Medical and sanitary report of the native army of Madras for the year
Year: 1872
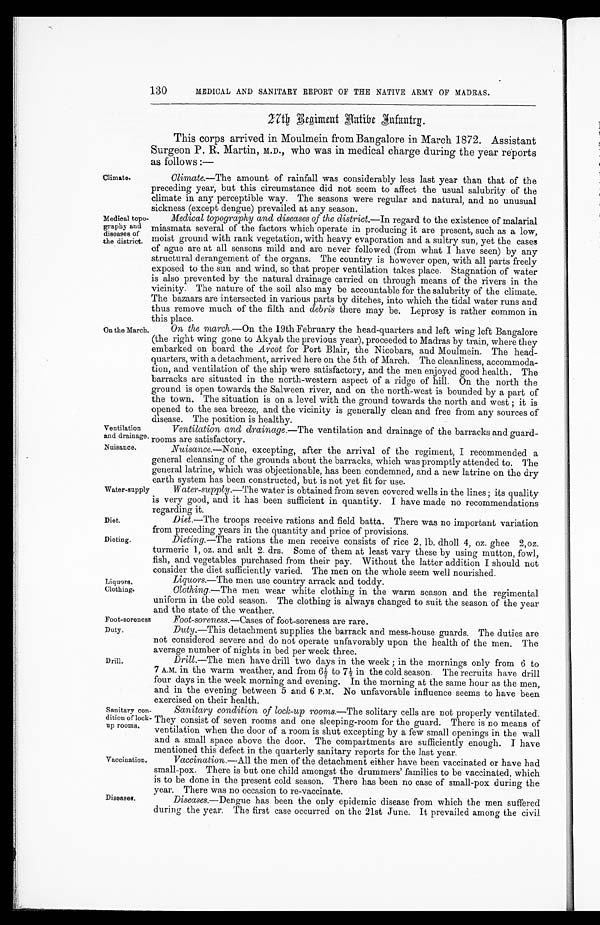
Water-supply
Diet.
Dieting.
130
MEDICAL AND SANITARY REPORT OF THE NATIVE ARMY OF MADRAS.
27th Regiment Aatibe Infantry.
Climate.
This corps arrived in Moulmein from Bangalore in March 1872. Assistant
Surgeon P.R. Martin, M.D., who was in medical charge during the year reports
as follows:—
Climate.—The amount of rainfall was considerably less last year than that of the
preceding year, but this circumstance did not seem to affect the usual salubrity of the
climate in any perceptible way. The seasons were regular and natural, and no unusual
sickness (except dengue) prevailed at any season.
Medical topo--
graphy and
diseases of
the district.
Medical topography and diseases of the district.— I n r e g a r d t o t h e e x i s t e n c e o f m a l a r i a l
miasmata several of the factors which operate in producing it are present, such as a low,
moist ground with rank vegetation, with heavy evaporation and a sultry sun, yet the cases
of ague are at all seasons mild and are never followed (from what I have seen) by any
structural derangement of the organs. The country is however open, with all parts freely
exposed to the sun and wind, so that proper ventilation takes place. Stagnation of water
is also prevented by the natural drainage carried on through means of the rivers in the
vicinity. The nature of the soil also may be accountable for the salubrity of the climate.
The bazaars are intersected in various parts by ditches, into which the tidal water runs and
thus remove much of the filth and debris there may be. Leprosy is rather common in
this place.
On the March.
Ventilation
and drainage.
On
the march. —On t h e 1 9 t h F e b r u a r y t h e h e a d - q u a r t e r s a n d l e f t wi n g l e f t Ba n g a l o r e
(the right wing gone to Akyab the previous year), proceeded to Madras by train, where they
embarked on board the Arcot for Port Blair, the Nicobars, and Moulmein. The head--
quarters, with a detachment, arrived here on the 5th of March. The cleanliness, accommoda--
tion, and ventilation of the ship were satisfactory, and the men enjoyed good health. The
barracks are situated in the north-western aspect of a ridge of hill. On the north the
ground is open towards the Salween river, and on the north-west is bounded by a part of
the town. The situation is on a level with the ground towards the north and west; it is
opened to the sea breeze, and the vicinity is generally clean and free from any sources of
disease. The position is healthy.
Ventilation and drainage .—The ventilation and drainage of the barracks and guard
-
r ooms ar e sat i sf act or y.
Nuisance.
Liquors.
Clothing.
Nuisance.—None, excepting, after the arrival of the regiment, I recommended a
general cleansing of the grounds about the barracks, which was promptly attended to. The
general latrine, which was objectionable, has been condemned, and a new latrine on the dry
system has been constructed, but is not yet fit for use.
Water-supply.—The water is obtained from seven covered wells in the lines; its quality
is very good, and it has been sufficient in quantity. I have made no recommendations
regarding it.
Diet.—The troops receive rations and field batta. There was no important variation
from preceding years in the quantity and price of provisions.
Dieting.—The rations the men receive consists of rice 2, lb. dholl 4, oz.ghee 2,oz.
turmeric 1, oz. and salt 2. drs. Some of them at least vary these by using mutton, fowl,
fish, and vegetables purchased from their pay. Without the latter addition I should not
consider the diet sufficiently varied. The men on the whole seem well nourished.
Liquors.—The men use country arrack and toddy.
Clothing.—The men wear white clothing in the warm season and the regimental
uniform in the cold season. The clothing is always changed to suit the season of the year
and the state of the weather.
Foot-soreness
Foot-soreness.— Cases of foot-soreness are rare.
Duty.
Drill.
Sanitary con
-dition of lock
- u p r o o m s .
Vaccination,
Diseases.
Duty.—This detachment supplies the barrack and mess-house guards. The duties are
not considered severe and do not operate unfavorably upon the health of the men. The
average number of nights in bed per week three.
Drill.—The men have drill two days in the week; in the mornings only from 6 to
7 A.M. in the warm weather, and from 6½ to 7½ in the cold season. The recruits have drill
four days in the week morning and evening. In the morning at the same hour as the men,
and in the evening between 5 and 6 P.M. No unfavorable influence seems to have been
exercised on their health.
Sanitary condition of lock-up rooms.— The solitary cells are not properly ventilated.
They consist of seven rooms and one sleeping-room for the guard. There is no means of
ventilation when the door of a room is shut excepting by a few small openings in the wall
and a small space above the door. The compartments are sufficiently enough. I have
mentioned this defect in the quarterly sanitary reports for the last year.
Vaccination— All the men of the detachment either have been vaccinated or have had
small-pox. There is but one child amongst the drummers' families to be vaccinated, which
is to be done in the present cold season. There has been no case of small-pox during the
year. There was no occasion to re-vaccinate.
Diseases.—Dengue has been the only epidemic disease from which the men suffered
during the year. The first case occurred on the 21st June. It prevailed among the civil.